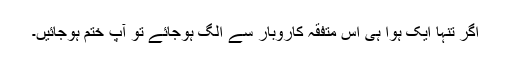
اگر تنہا ایک ہوا ہی اس متفقہ کاروبار سے الگ ہوجائے تو آپ ختم ہوجائیں۔